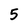
Character: 5